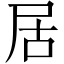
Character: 居